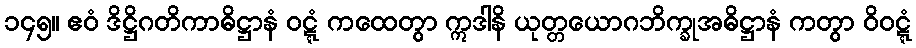
၁၄၅။ ဧဝံ ဒိဋ္ဌိဂတိကာဓိဋ္ဌာနံ ဝဋ္ဋံ ကထေတွာ ဣဒါနိ ယုတ္တယောဂဘိက္ခုအဓိဋ္ဌာနံ ကတွာ ဝိဝဋ္ဋံ